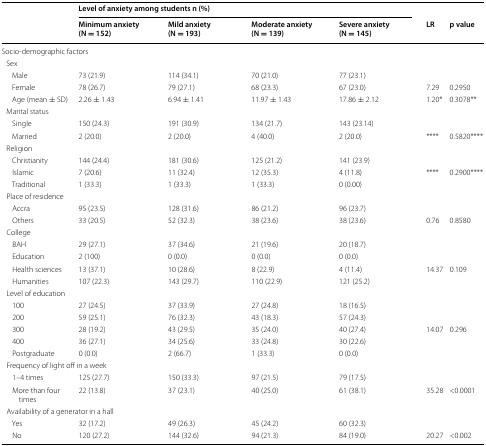
<table><thead><tr><td rowspan="2"></td><td colspan="4"><b>Level of anxiety among students n (%)</b></td><td></td><td></td></tr><tr><td><b>Minimum anxiety (N = 152)</b></td><td><b>Mild anxiety (N = 193)</b></td><td><b>Moderate anxiety (N = 139)</b></td><td><b>Severe anxiety (N = 145)</b></td><td><b>LR</b></td><td><b>p value</b></td></tr></thead><tbody><tr><td colspan="7">Socio-demographic factors</td></tr><tr><td colspan="7"> Sex</td></tr><tr><td>Male</td><td>73 (21.9)</td><td>114 (34.1)</td><td>70 (21.0)</td><td>77 (23.1)</td><td></td><td></td></tr><tr><td>Female</td><td>78 (26.7)</td><td>79 (27.1)</td><td>68 (23.3)</td><td>67 (23.0)</td><td>7.29</td><td>0.2950</td></tr><tr><td>Age (mean ± SD)</td><td>2.26 ± 1.43</td><td>6.94 ± 1.41</td><td>11.97 ± 1.43</td><td>17.86 ± 2.12</td><td>1.20*</td><td>0.3078**</td></tr><tr><td colspan="7"> Marital status</td></tr><tr><td>Single</td><td>150 (24.3)</td><td>191 (30.9)</td><td>134 (21.7)</td><td>143 (23.14)</td><td></td><td></td></tr><tr><td>Married</td><td>2 (20.0)</td><td>2 (20.0)</td><td>4 (40.0)</td><td>2 (20.0)</td><td>****</td><td>0.5820****</td></tr><tr><td colspan="7"> Religion</td></tr><tr><td>Christianity</td><td>144 (24.4)</td><td>181 (30.6)</td><td>125 (21.2)</td><td>141 (23.9)</td><td></td><td></td></tr><tr><td>Islamic</td><td>7 (20.6)</td><td>11 (32.4)</td><td>12 (35.3)</td><td>4 (11.8)</td><td>****</td><td>0.2900****</td></tr><tr><td>Traditional</td><td>1 (33.3)</td><td>1 (33.3)</td><td>1 (33.3)</td><td>0 (0.00)</td><td></td><td></td></tr><tr><td colspan="7"> Place of residence</td></tr><tr><td>Accra</td><td>95 (23.5)</td><td>128 (31.6)</td><td>86 (21.2)</td><td>96 (23.7)</td><td></td><td></td></tr><tr><td>Others</td><td>33 (20.5)</td><td>52 (32.3)</td><td>38 (23.6)</td><td>38 (23.6)</td><td>0.76</td><td>0.8580</td></tr><tr><td colspan="7"> College</td></tr><tr><td>BAH</td><td>29 (27.1)</td><td>37 (34.6)</td><td>21 (19.6)</td><td>20 (18.7)</td><td></td><td></td></tr><tr><td>Education</td><td>2 (100)</td><td>0 (0.0)</td><td>0 (0.0)</td><td>0 (0.0)</td><td></td><td></td></tr><tr><td>Health sciences</td><td>13 (37.1)</td><td>10 (28.6)</td><td>8 (22.9)</td><td>4 (11.4)</td><td>14.37</td><td>0.109</td></tr><tr><td>Humanities</td><td>107 (22.3)</td><td>143 (29.7)</td><td>110 (22.9)</td><td>121 (25.2)</td><td></td><td></td></tr><tr><td colspan="7"> Level of education</td></tr><tr><td>100</td><td>27 (24.5)</td><td>37 (33.9)</td><td>27 (24.8)</td><td>18 (16.5)</td><td></td><td></td></tr><tr><td>200</td><td>59 (25.1)</td><td>76 (32.3)</td><td>43 (18.3)</td><td>57 (24.3)</td><td></td><td></td></tr><tr><td>300</td><td>28 (19.2)</td><td>43 (29.5)</td><td>35 (24.0)</td><td>40 (27.4)</td><td>14.07</td><td>0.296</td></tr><tr><td>400</td><td>36 (27.1)</td><td>34 (25.6)</td><td>33 (24.8)</td><td>30 (22.6)</td><td></td><td></td></tr><tr><td>Postgraduate</td><td>0 (0.0)</td><td>2 (66.7)</td><td>1 (33.3)</td><td>0 (0.0)</td><td></td><td></td></tr><tr><td colspan="7"> Frequency of light off in a week</td></tr><tr><td>1–4 times</td><td>125 (27.7)</td><td>150 (33.3)</td><td>97 (21.5)</td><td>79 (17.5)</td><td></td><td></td></tr><tr><td>More than four times</td><td>22 (13.8)</td><td>37 (23.1)</td><td>40 (25.0)</td><td>61 (38.1)</td><td>35.28</td><td>&lt;0.0001</td></tr><tr><td colspan="7"> Availability of a generator in a hall</td></tr><tr><td>Yes</td><td>32 (17.2)</td><td>49 (26.3)</td><td>45 (24.2)</td><td>60 (32.3)</td><td></td><td></td></tr><tr><td>No</td><td>120 (27.2)</td><td>144 (32.6)</td><td>94 (21.3)</td><td>84 (19.0)</td><td>20.27</td><td>&lt;0.002</td></tr></tbody></table>